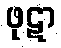
ဖုဋာ